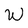
Character: W